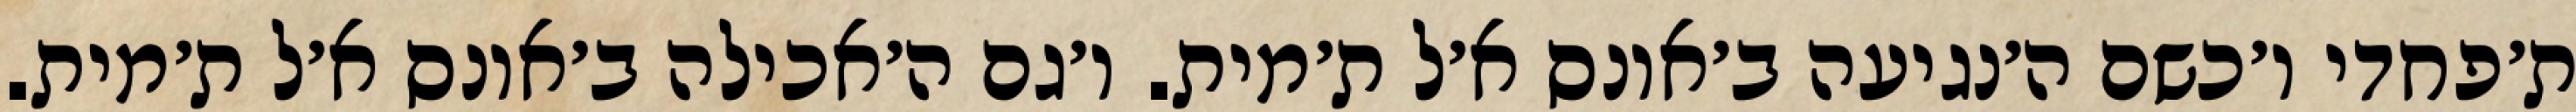
ת׳פחדי ו׳כשם ה׳נגיעה ב׳אונס א׳ל ת׳מית. ו׳גם ה׳אכילה ב׳אונס א׳ל ת׳מית.